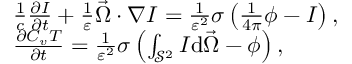
\begin{array} { r l } & { \frac { 1 } { c } \frac { \partial I } { \partial t } + \frac { 1 } { \varepsilon } \vec { \Omega } \cdot \nabla I = \frac { 1 } { \varepsilon ^ { 2 } } \sigma \left( \frac { 1 } { 4 \pi } \phi - I \right) , } \\ & { \frac { \partial C _ { v } T } { \partial t } = \frac { 1 } { \varepsilon ^ { 2 } } \sigma \left( \int _ { \mathcal { S } ^ { 2 } } I \mathrm { d } \vec { \Omega } - \phi \right) , } \end{array}